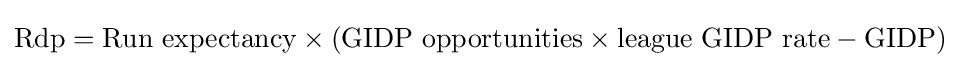
{\text{Rdp}}={\text{Run expectancy}}\times ({\text{GIDP opportunities}}\times {\text{league GIDP rate}}-{\text{GIDP}})